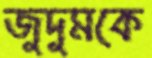
জুদুমকে